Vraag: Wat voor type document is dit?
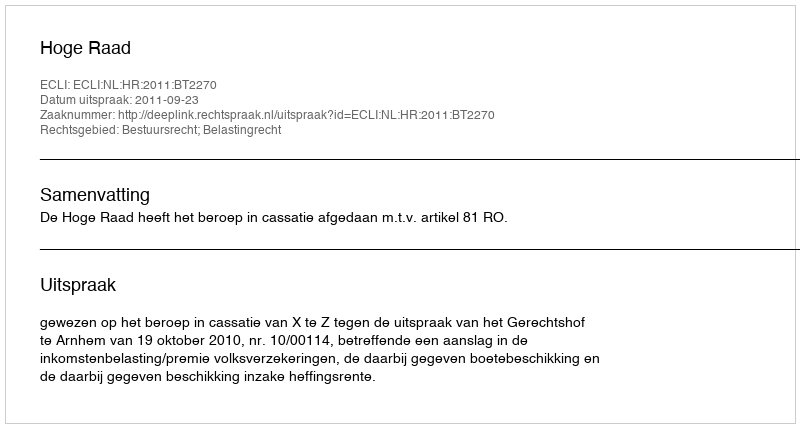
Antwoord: Uitspraak